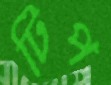
টিপ